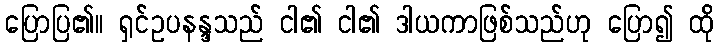
ပြောပြ၏။ ရှင်ဥပနန္ဒသည် ငါ၏ ငါ၏ ဒါယကာဖြစ်သည်ဟု ပြော၍ ထို